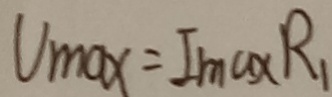
V _ { m o x } = I _ { \max } R _ { 1 }